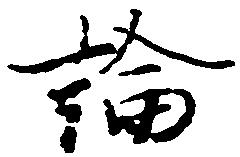
論